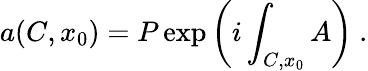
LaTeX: a(C,x_{0})=P\exp\left(i\int_{C,x_{0}}A\right)~.